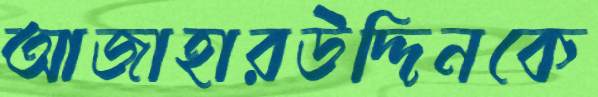
আজাহারউদ্দিনকে